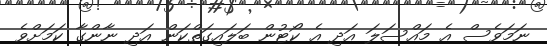
ނަމަވެސް އެ މައްސަލަ އަދި އެ ކޯޓުން ބަލައިގަތްކަން އަދި ނާންގާ ކަމަށްވެ